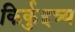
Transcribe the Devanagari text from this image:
किर्कुइत्र्य